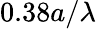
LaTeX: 0.38a/\lambda